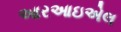
આરઆઇએલ